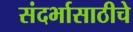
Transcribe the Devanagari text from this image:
संदर्भासाठीचे